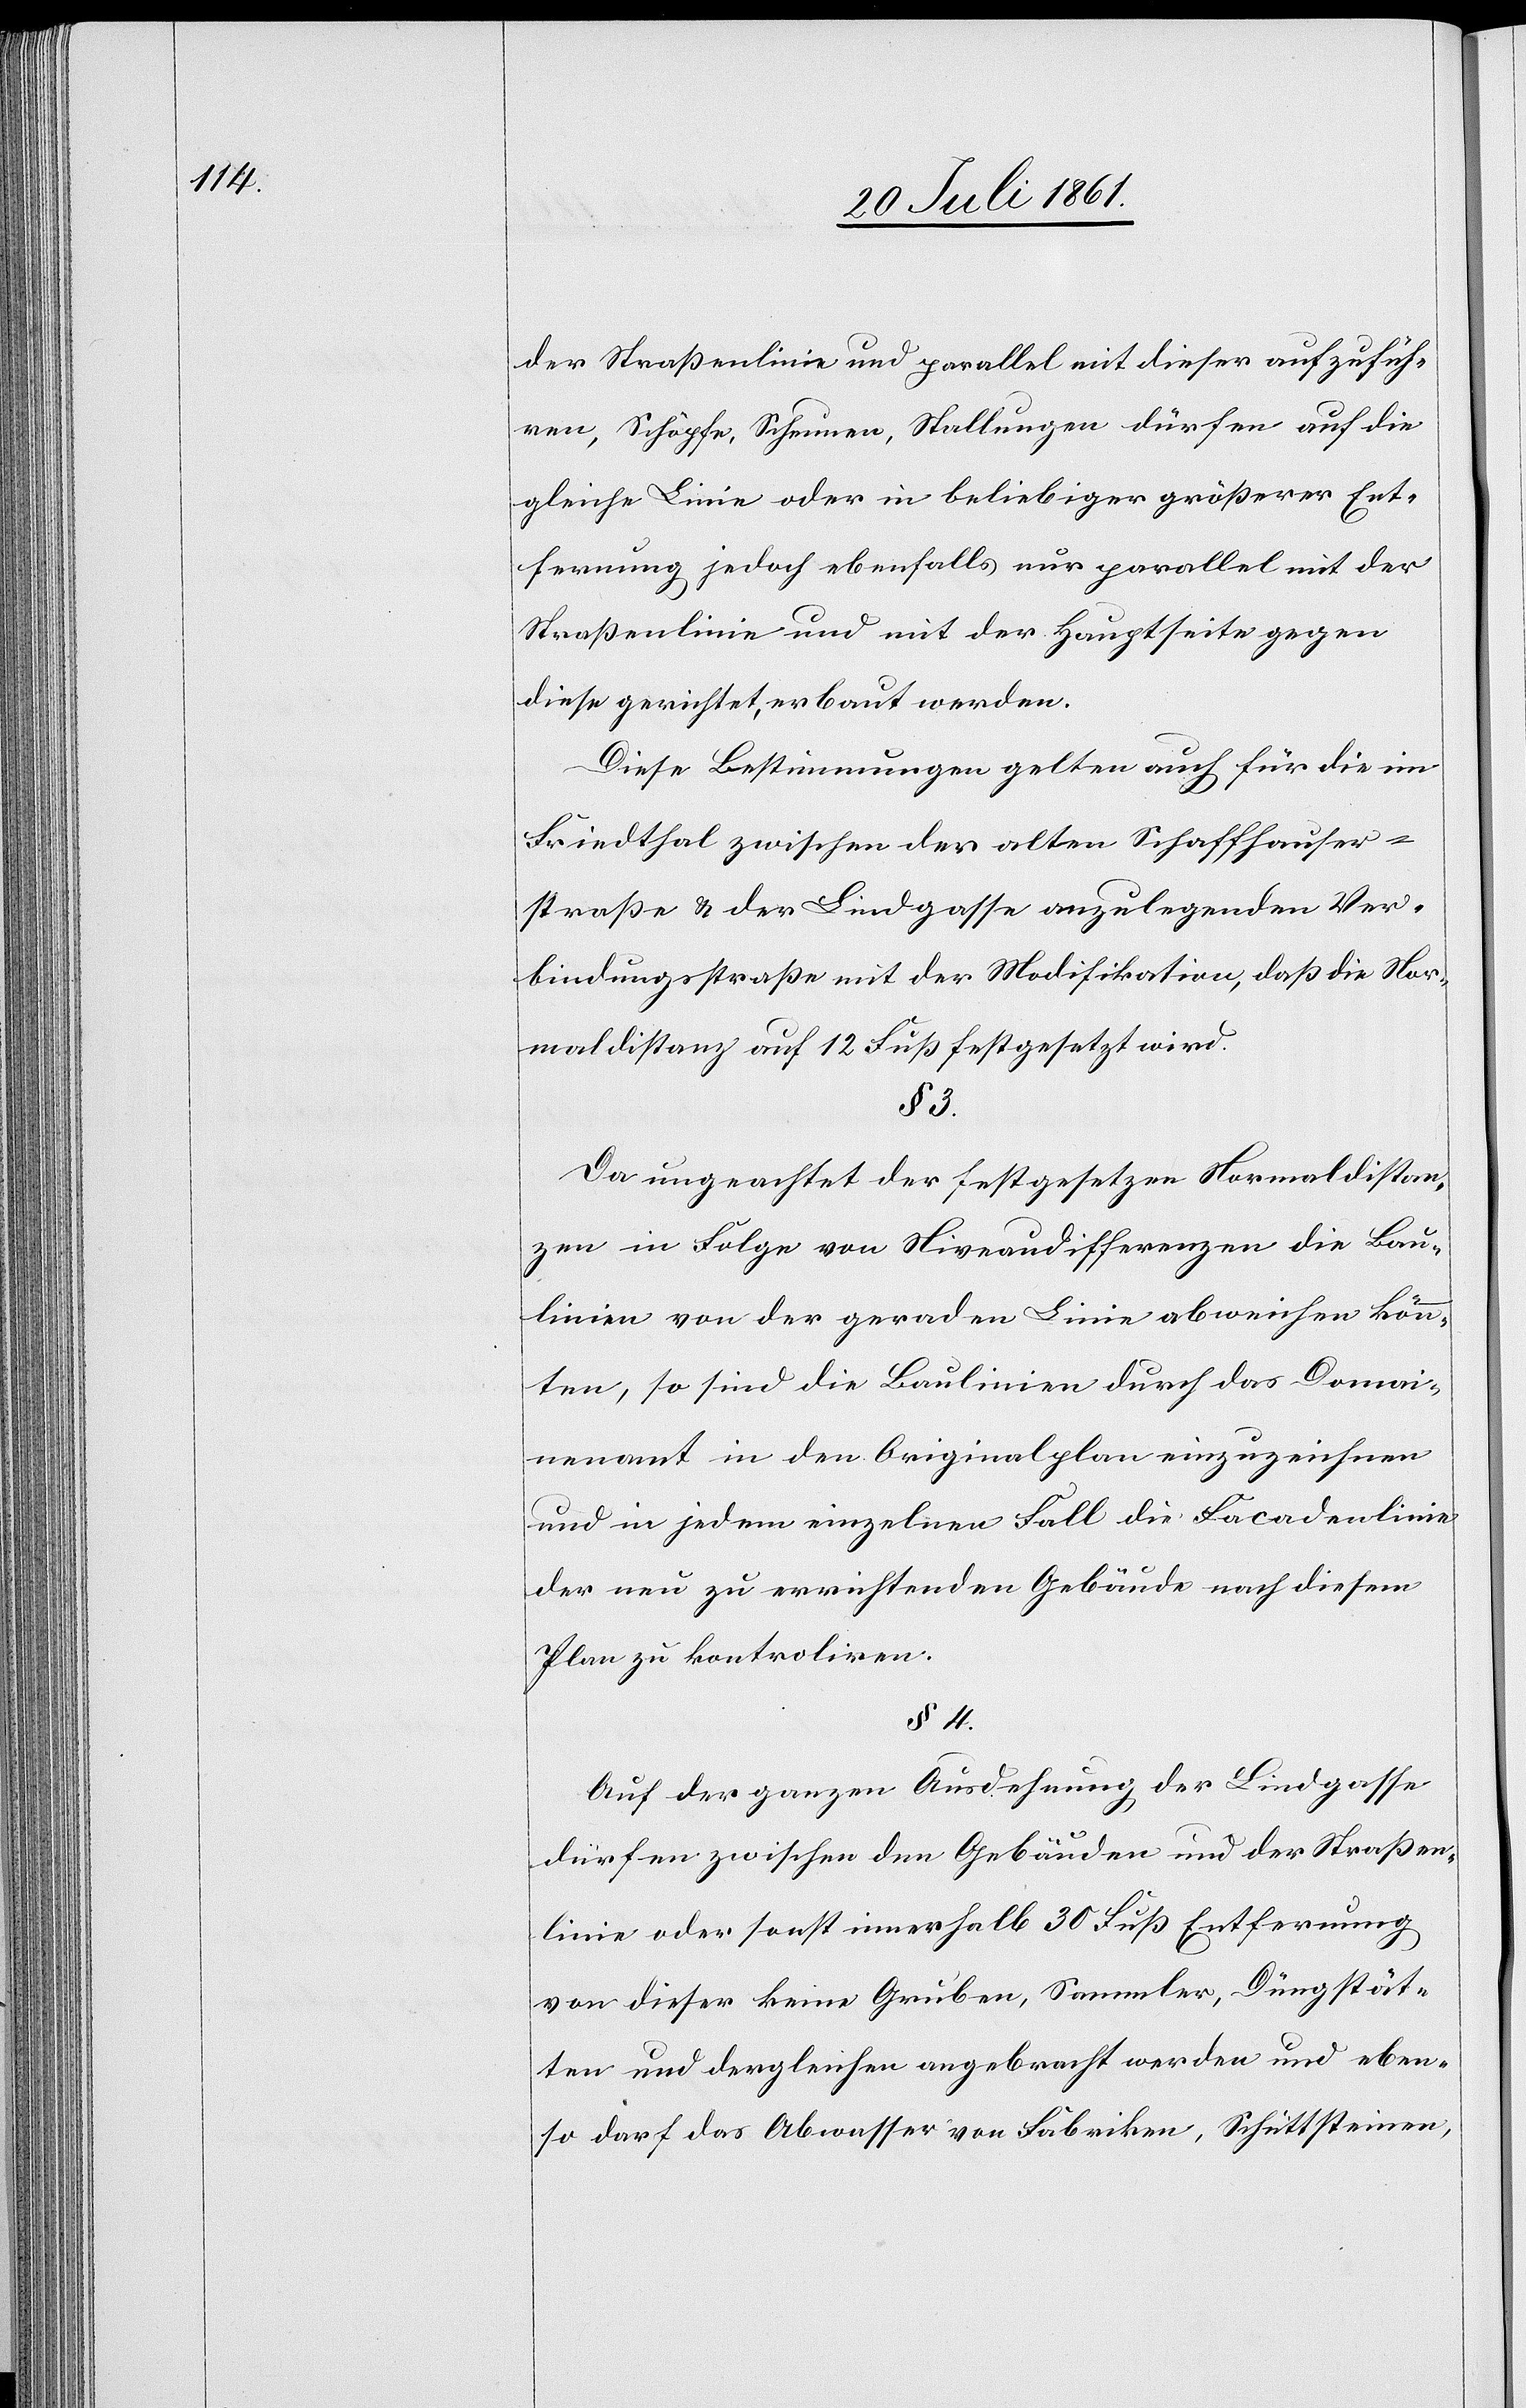
der Straßenlinie und parallel mit dieser aufzufüh¬
ren, Schöpfe, Scheunen, Stallungen dürfen auf die
gleiche Linie oder in beliebiger größerer Ent¬
fernung jedoch ebenfalls nur parallel mit der
Straßenlinie und mit der Hauptseite gegen
diese gerichtet, erbaut werden.
Diese Bestimmungen gelten auch für die im
Friedthal zwischen der alten Schaffhauser¬
straße u. der Lindgasse anzulegenden Ver¬
bindungsstraße mit der Modifikation, daß die Nor¬
maldistanz auf 12 Fuß festgesetzt wird.
§ 3.
Da ungeachtet der festgesetzten Normaldistan¬
z in Folge von Niveaudifferenzen die Bau¬
linien von der geraden Linie abweichen könn¬
ten, so sind die Baulinien durch das Domai¬
nenamt in den Originalplan einzuzeichnen
und in jedem einzelnen Fall die Facadenlinie
der neu zu errichtenden Gebäude nach diesem
Plan zu kontroliren.
§ 4.
Auf der ganzen Ausdehnung der Lindgasse
dürfen zwischen den Gebäuden und der Straßen¬
linie oder sonst innerhalb 30 Fuß Entfernung
von dieser keine Gruben, Sammler, Düngstät¬
ten und dergleichen angebracht werden und eben¬
so darf das Abwasser von Fabriken, Schüttsteinen,